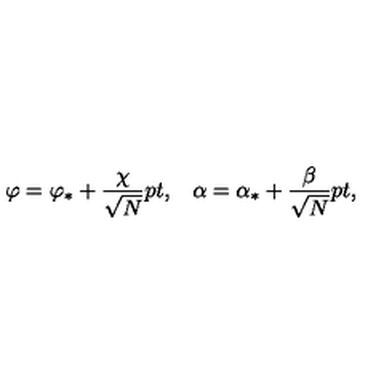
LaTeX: \varphi = \varphi _ { * } + { \frac { \chi } { \sqrt { N } } } \raise 2 p t \mathrm { , } \quad \alpha = \alpha _ { * } + { \frac { \beta } { \sqrt { N } } } \raise 2 p t \mathrm { , }